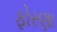
ફોરણા